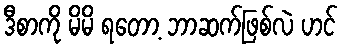
ဒီစာကို မိမိ ရတော့ ဘာဆက်ဖြစ်လဲ ဟင်